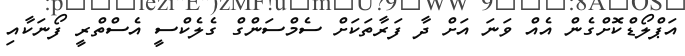
އަޕްލޯޑްކޮށްގެން އެއް ވަނަ އަށް ދާ ފަރާތަކަށް ސެމްސަންގް ގެލެކްސީ އެސްތްރީ ފޯނަކާއި